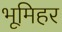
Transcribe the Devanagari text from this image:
भूमिहर